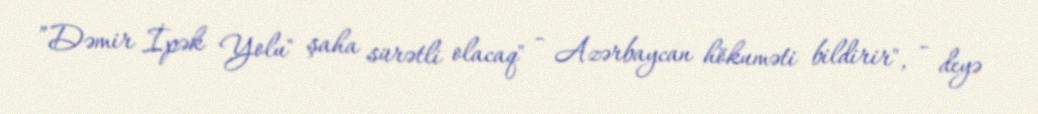
”Dəmir İpək Yolu" şaha sürətli olacaq" - Azərbaycan hökuməti bildirir", - deyə